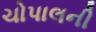
ચોપાલની